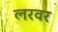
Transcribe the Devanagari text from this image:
लरवर